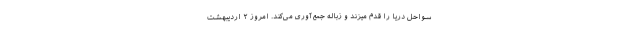
سواحل دریا را قدم میزند و زباله‌ جمع‌آوری می‌کند. امروز ۲ اردیبهشت